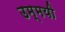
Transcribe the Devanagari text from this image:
उम्मयी